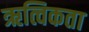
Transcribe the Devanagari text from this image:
ऋत्विकता